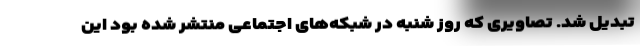
تبدیل شد. تصاویری که روز شنبه در شبکه‌های اجتماعی منتشر شده بود این